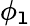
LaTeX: \phi_{\mathtt{l}}